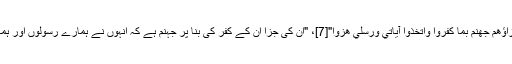
آیات الہی کا مذاق اڑانا: "ذَٰلِكَ جَزَاؤُهُمْ جَهَنَّمُ بِمَا كَفَرُوا وَاتَّخَذُوا آيَاتِي وَرُسُلِي هُزُوًا"[7]، "ان کی جزا ان کے کفر کی بنا پر جہنّم ہے کہ انہوں نے ہمارے رسولوں اور ہماری آیتوں کو مذاق بنا لیا ہے "۔